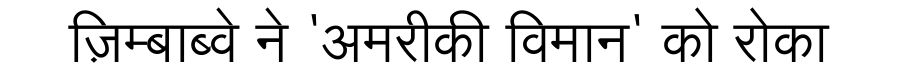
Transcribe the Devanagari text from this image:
ज़िम्बाब्वे ने 'अमरीकी विमान' को रोका